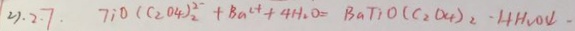
2 ) . 2 . 7 . 7 ; 0 ( C _ { 2 } O 4 ) ^ { 2 - } _ { 2 } + B a ^ { c + } + 4 H _ { 2 } O = B a T _ { 1 } O ( C _ { 2 } O _ { 4 } ) _ { 2 } \cdot H H _ { 2 } O \downarrow .